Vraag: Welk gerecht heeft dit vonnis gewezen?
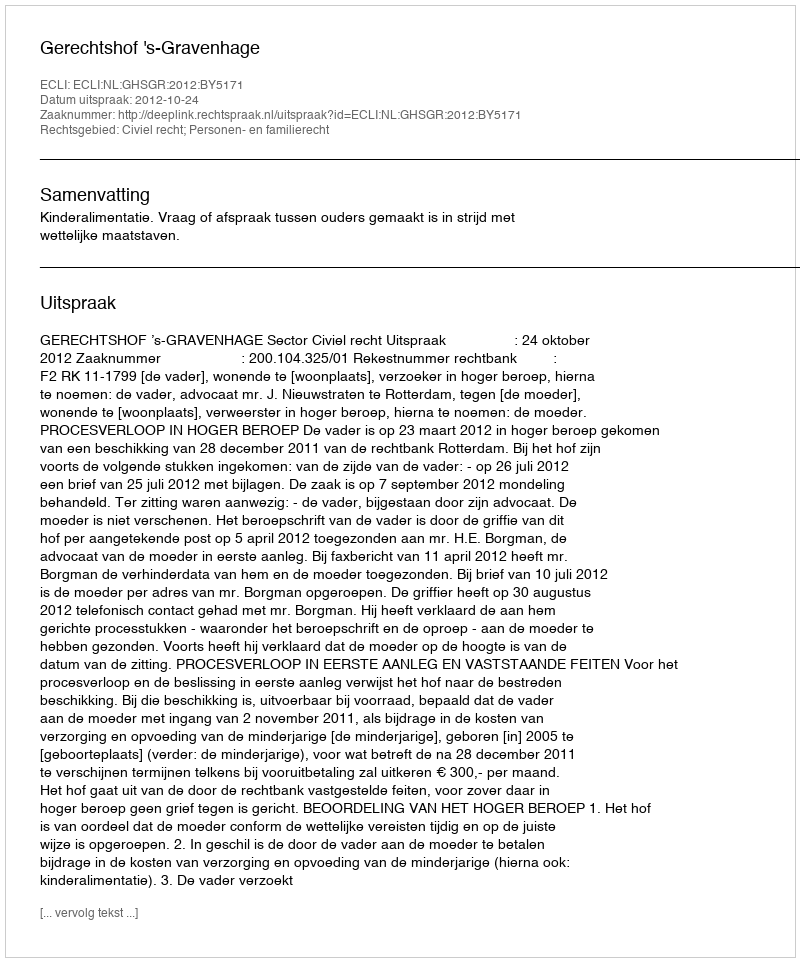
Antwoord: Gerechtshof 's-Gravenhage